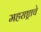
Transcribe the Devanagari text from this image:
महराष्ट्राचे